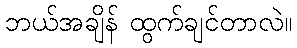
ဘယ်အချိန် ထွက်ချင်တာလဲ။